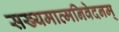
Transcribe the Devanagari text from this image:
सख्यमात्मनिवेदनम्